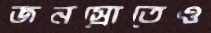
জনস্রোতেও